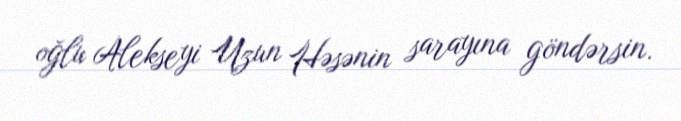
oğlu Alekseyi Uzun Həsənin sarayına göndərsin.